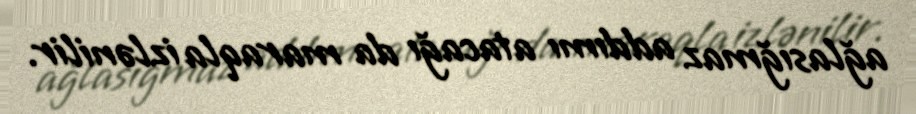
ağlasığmaz addımı atacağı da maraqla izlənilir.